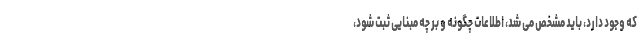
که وجود دارد، باید مشخص می شد، اطلاعات چگونه و بر چه مبنایی ثبت شود،